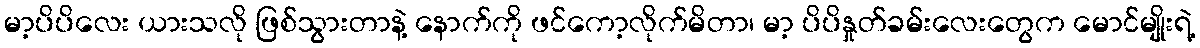
မာ့ပိပိလေး ယားသလို ဖြစ်သွားတာနဲ့ နောက်ကို ဖင်ကော့လိုက်မိတာ၊ မာ့ ပိပိနှုတ်ခမ်းလေးတွေက မောင်မျိုးရဲ့